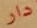
دار